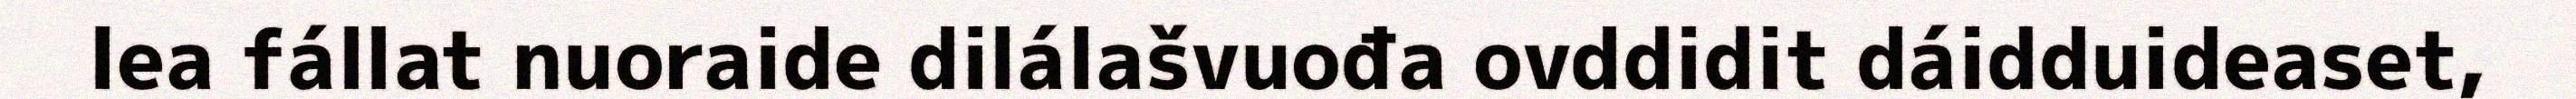
lea fállat nuoraide dilálašvuođa ovddidit dáidduideaset,